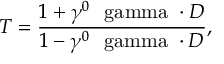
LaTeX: T = { \frac { 1 + \gamma ^ { 0 } \mathrm { \boldmath { ~ \ g a m m a ~ } } \cdot { \cal D } } { 1 - \gamma ^ { 0 } \mathrm { \boldmath { ~ \ g a m m a ~ } } \cdot { \cal D } } } ,